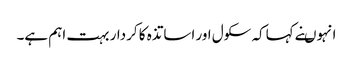
انہوںنے کہاکہ سکول اور اساتذہ کا کردار بہت اہم ہے۔